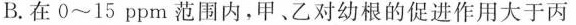
B.在0~15ppm范围内，甲、乙对幼根的促进作用大于丙